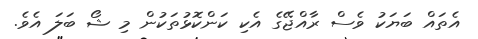
އެތައް ބަޔަކު ވެސް ރާއްޖޭގެ އެކި ކަންކޮޅުތަކުން މި ޝޯ ބަލަ އެވެ.